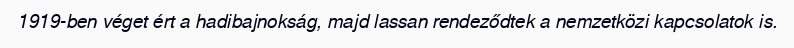
1919-ben véget ért a hadibajnokság, majd lassan rendeződtek a nemzetközi kapcsolatok is.